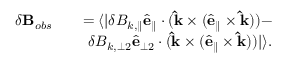
\begin{array} { r l r } { \delta \mathbf { B } _ { o b s } } & { } & { = \langle | \delta B _ { k , \parallel } \hat { \mathbf { e } } _ { \parallel } \cdot ( \mathbf { \hat { k } } \times ( \hat { \mathbf { e } } _ { \parallel } \times \mathbf { \hat { k } } ) ) - } \\ & { } & { \delta B _ { k , { \perp 2 } } \hat { \mathbf { e } } _ { \perp 2 } \cdot ( \mathbf { \hat { k } } \times ( \hat { \mathbf { e } } _ { \parallel } \times \mathbf { \hat { k } } ) ) | \rangle . } \end{array}